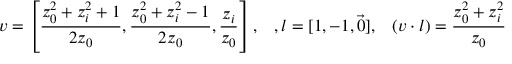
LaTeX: v = \left[ { \frac { z _ { 0 } ^ { 2 } + z _ { i } ^ { 2 } + 1 } { 2 z _ { 0 } } } , { \frac { z _ { 0 } ^ { 2 } + z _ { i } ^ { 2 } - 1 } { 2 z _ { 0 } } } , { \frac { z _ { i } } { z _ { 0 } } } \right] , \; \; \; , l = [ 1 , - 1 , \vec { 0 } ] , \; \; \; ( v \cdot l ) = { \frac { z _ { 0 } ^ { 2 } + z _ { i } ^ { 2 } } { z _ { 0 } } }